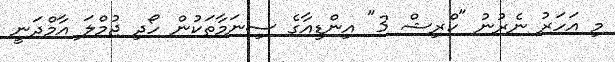
މި އަހަރު ނެރުނު "ކްރިޝް 3" އިންޑިއާގެ ސިނަމާތަކުން ހޯދި ޖުމްލަ އާމްދަނީ